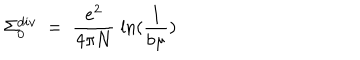
LaTeX: \Sigma _ { 0 } ^ { d i v } \; = \; \frac { e ^ { 2 } } { 4 \pi N } \; \ln ( \frac { 1 } { b \mu } )